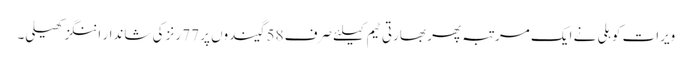
ویرات کوہلی نے ایک مرتبہ پھر بھارتی ٹیم کیلئے صرف 58 گیندوں پر 77 رنز کی شاندار اننگز کھیلی۔